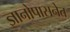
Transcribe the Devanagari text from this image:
ज्ञानोपासनेत